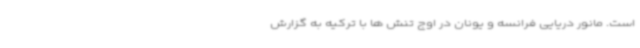
است. مانور دریایی فرانسه و یونان در اوج تنش ها با ترکیه به گزارش